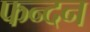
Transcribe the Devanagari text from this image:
फन्दन